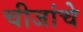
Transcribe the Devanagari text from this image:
चीजांचे